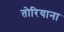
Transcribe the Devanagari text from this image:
तोरियाना